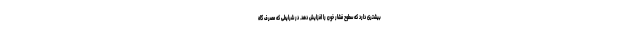
بیشتری دارد که سطوح فشار خون را افزایش دهد. در شرایطی که مصرف گاه